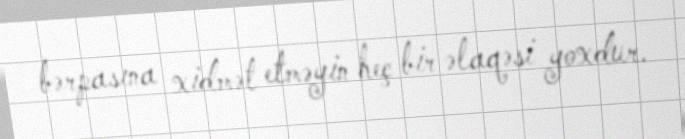
bərpasına xidmət etməyin heç bir əlaqəsi yoxdur.